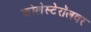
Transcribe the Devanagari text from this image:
कोलेस्टेरॉलवर